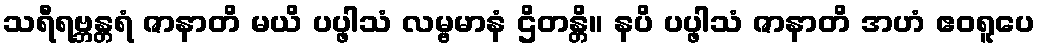
သရီရဗ္ဘန္တရံ ဇာနာတိ မယိ ပပ္ဖါသံ လမ္ဗမာနံ ဌိတန္တိ။ နပိ ပပ္ဖါသံ ဇာနာတိ အဟံ ဧဝရူပေ